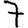
Digit: 7